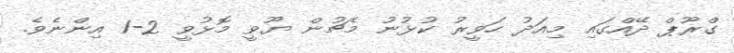
ގްރޫޕް ދޭއްގައި މިއަދު ހަވީރު ކުޅުނު މެޗުން ޔޫވީ މޮޅުވީ 2-1 އިންނެވެ.